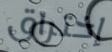
إختراق